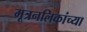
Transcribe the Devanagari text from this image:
मूत्रनलिकांच्या